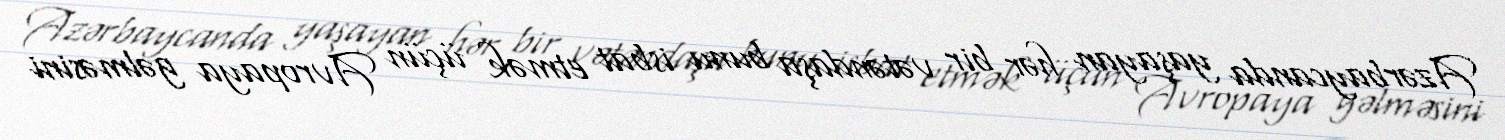
Azərbaycanda yaşayan hər bir vətəndaşa bunu isbat etmək üçün Avropaya gəlməsini